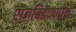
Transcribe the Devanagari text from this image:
राजबिंडेपणाचे